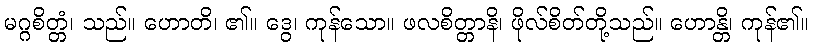
မဂ္ဂစိတ္တံ၊ သည်။ ဟောတိ၊ ၏။ ဒွေ၊ ကုန်သော။ ဖလစိတ္တာနိ၊ ဖိုလ်စိတ်တို့သည်။ ဟောန္တိ၊ ကုန်၏။